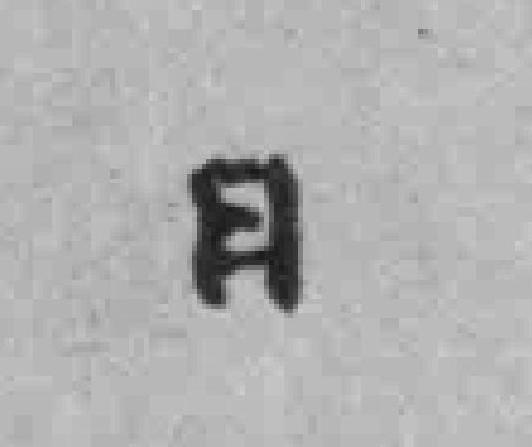
日